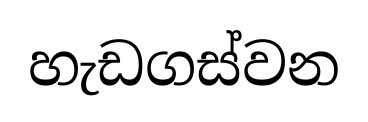
හැඩගස්වන